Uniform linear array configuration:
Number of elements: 24
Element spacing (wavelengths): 0.5
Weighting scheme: hann
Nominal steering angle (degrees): -15
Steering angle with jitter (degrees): -13.505
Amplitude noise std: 0.05
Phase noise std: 0.05

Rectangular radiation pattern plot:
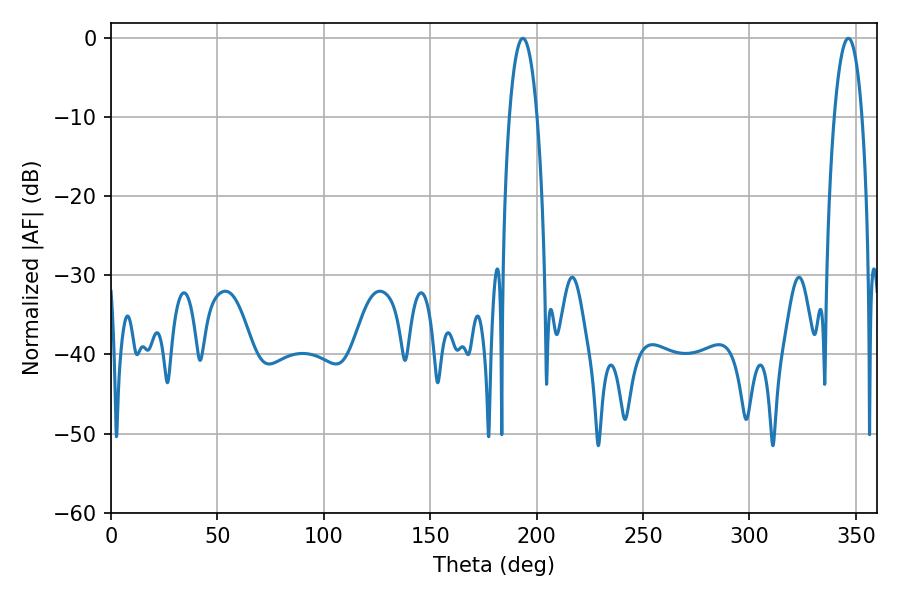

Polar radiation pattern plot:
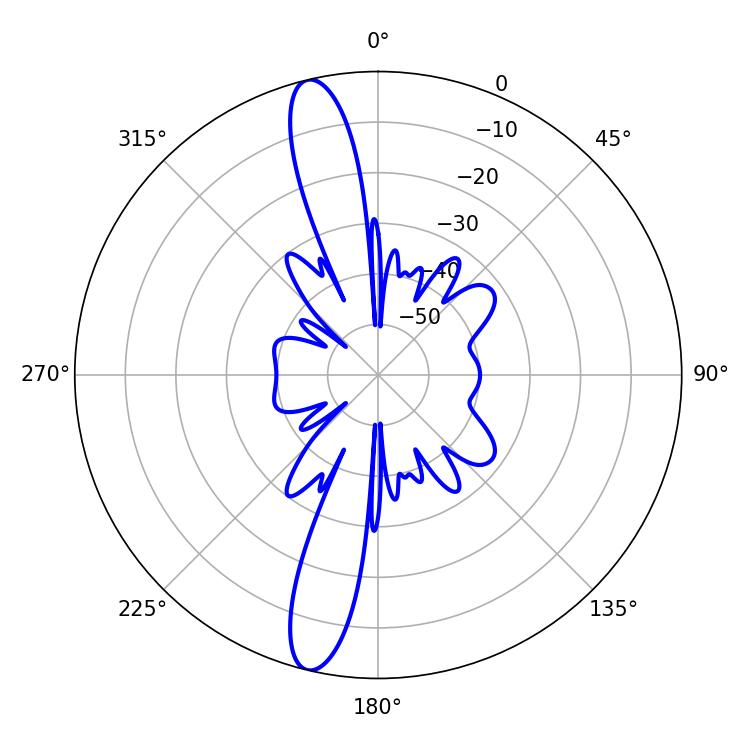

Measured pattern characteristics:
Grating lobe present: FALSE
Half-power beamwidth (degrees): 7.38
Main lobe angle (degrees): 193.5